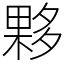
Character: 夥